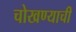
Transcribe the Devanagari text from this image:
चोखण्याची